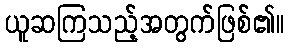
ယူဆကြသည့်အတွက်ဖြစ်၏။